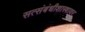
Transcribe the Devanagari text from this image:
सत्संबंधीशास्त्रावर